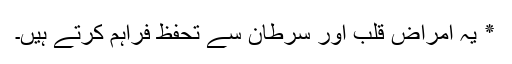
٭ یہ امراض قلب اور سرطان سے تحفظ فراہم کرتے ہیں۔